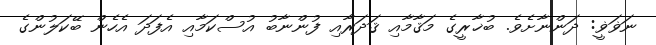
ނަޥަޥީ: ދަންނާށެވެ. ބުޚާރީގެ މަޤާމާއި ޤަދަރާއި ފުންނާބު އުސްކަމާއި އެފަދަ އެހެން ބޭކަލުންގެ